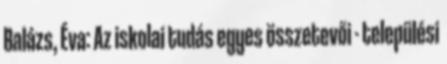
Balázs, Éva: Az iskolai tudás egyes összetevői - települési